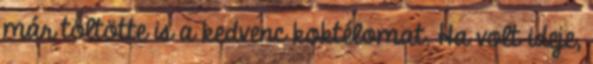
már töltötte is a kedvenc koktélomat. Ha volt ideje,